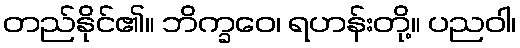
တည်နိုင်၏။ ဘိက္ခဝေ၊ ရဟန်းတို့။ ပညဝါ၊